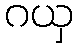
ဂယှ